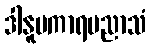
ဒါနူပကာရပညာသံ